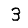
Digit: 3